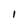
Character: I